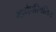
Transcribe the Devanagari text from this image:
मार्गपरिवर्तित